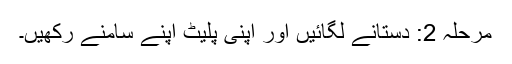
مرحلہ 2: دستانے لگائیں اور اپنی پلیٹ اپنے سامنے رکھیں۔